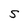
Character: S